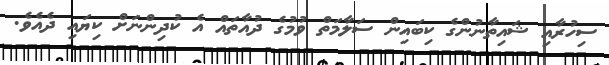
ސިހުރާއި ޝައިތާނުންގެ ކިބައިން ސަލާމަތް ވުމުގެ ދުއާތައް އެ ކުދިންނަށް ކިޔައި ދެއެވެ.